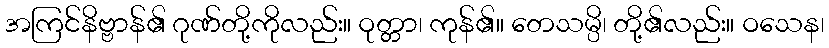
အကြင်နိဗ္ဗာန်၏ ဂုဏ်တို့ကိုလည်း။ ဝုတ္တာ၊ ကုန်၏။ တေသမ္ပိ၊ တို့၏လည်း။ ဝသေန၊